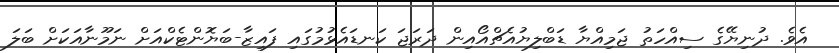
އެވެ. ދުނިޔޭގެ ސިއްހަތު ޖަމިއްޔާ ޑަބްލިޔުއެޗްއޯއިން ދަރަޖަ ކަނޑައެޅުމުގައި ފައިޒާ-ބަޔޮންޓެކްއަށް ނަމޫނާއަކަށް ބަލަ